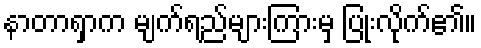
နာတာရှာက မျက်ရည်များကြားမှ ပြုံးလိုက်၏။